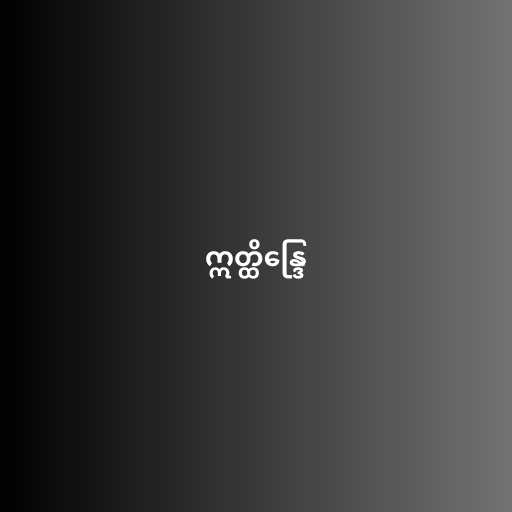
ဣတ္ထိန္ဒြေ